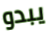
يبدو